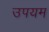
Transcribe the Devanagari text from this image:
उपयम